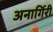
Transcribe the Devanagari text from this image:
अनार्गिरी